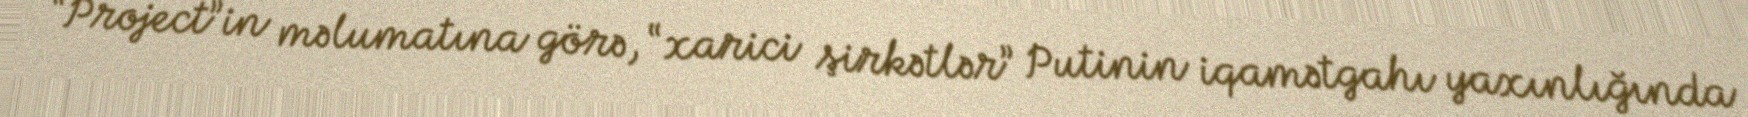
“Project”in məlumatına görə, “xarici şirkətlər” Putinin iqamətgahı yaxınlığında